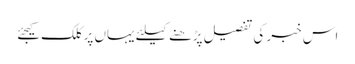
اس خبر کی تفصیل پڑھنے کیلئے یہاں پر کلک کیجئے